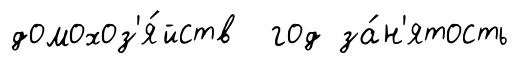
домохоз'я́йств год за́н'ятость